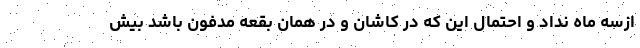
ازسه ماه نداد و احتمال این که در کاشان و در همان بقعه مدفون باشد بیش